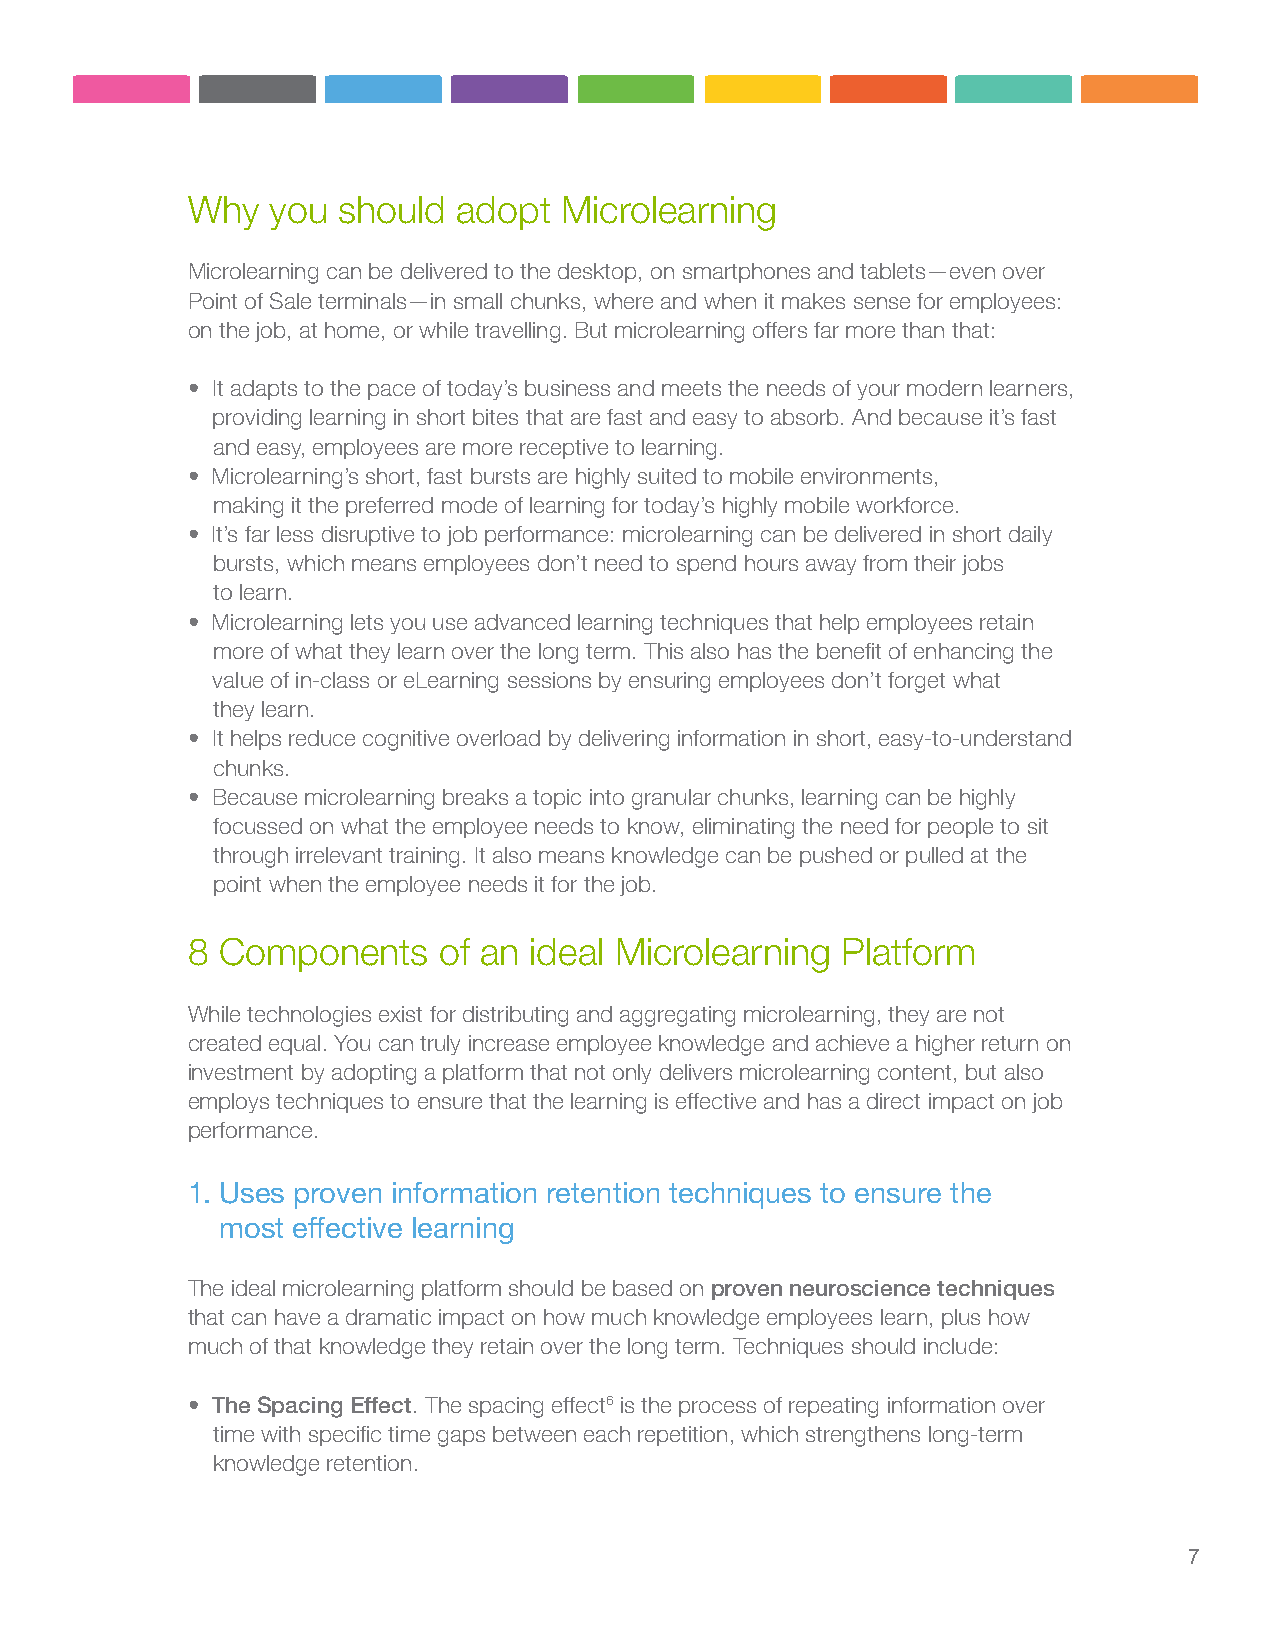
Why   you should  adopt  Microlearning
 Microlearning can be delivered to the desktop, on smartphones and tablets—even over
 Point of Sale terminals—in small chunks, where and when it makes sense for employees:
 on the job, at home, or while travelling. But microlearning offers far more than that:
 • It adapts to the pace of today’s business and meets the needs of your modern learners,
 providing learning in short bites that are fast and easy to absorb. And because it’s fast
 and easy, employees are more receptive to learning.
 • Microlearning’s short, fast bursts are highly suited to mobile environments,
 making it the preferred mode of learning for today’s highly mobile workforce.
 • It’s far less disruptive to job performance: microlearning can be delivered in short daily
 bursts, which means employees don’t need to spend hours away from their jobs
 to learn.
 • Microlearning lets you use advanced learning techniques that help employees retain
 more of what they learn over the long term. This also has the benefit of enhancing the
 value of in-class or eLearning sessions by ensuring employees don’t forget what
 they learn.
 • It helps reduce cognitive overload by delivering information in short, easy-to-understand
 chunks.
 • Because microlearning breaks a topic into granular chunks, learning can be highly
 focussed on what the employee needs to know, eliminating the need for people to sit
 through irrelevant training. It also means knowledge can be pushed or pulled at the
 point when the employee needs it for the job.
 8 Components     of an ideal Microlearning  Platform
 While technologies exist for distributing and aggregating microlearning, they are not
 created equal. You can truly increase employee knowledge and achieve a higher return on
 investment by adopting a platform that not only delivers microlearning content, but also
 employs techniques to ensure that the learning is effective and has a direct impact on job
 performance.
 1. Uses proven information retention techniques to ensure the
 most effective learning
 The ideal microlearning platform should be based on proven neuroscience techniques
 that can have a dramatic impact on how much knowledge employees learn, plus how
 much of that knowledge they retain over the long term. Techniques should include:
 • The Spacing Effect. The spacing effect6 is the process of repeating information over
 time with specific time gaps between each repetition, which strengthens long-term
 knowledge retention.
 7